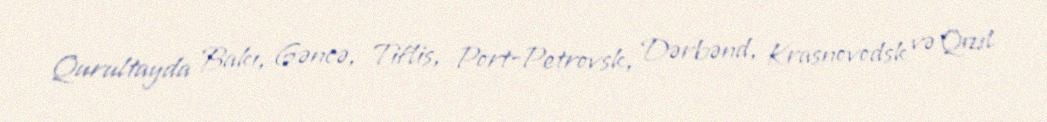
Qurultayda Bakı, Gəncə, Tiflis, Port-Petrovsk, Dərbənd, Krasnovodsk və Qızıl